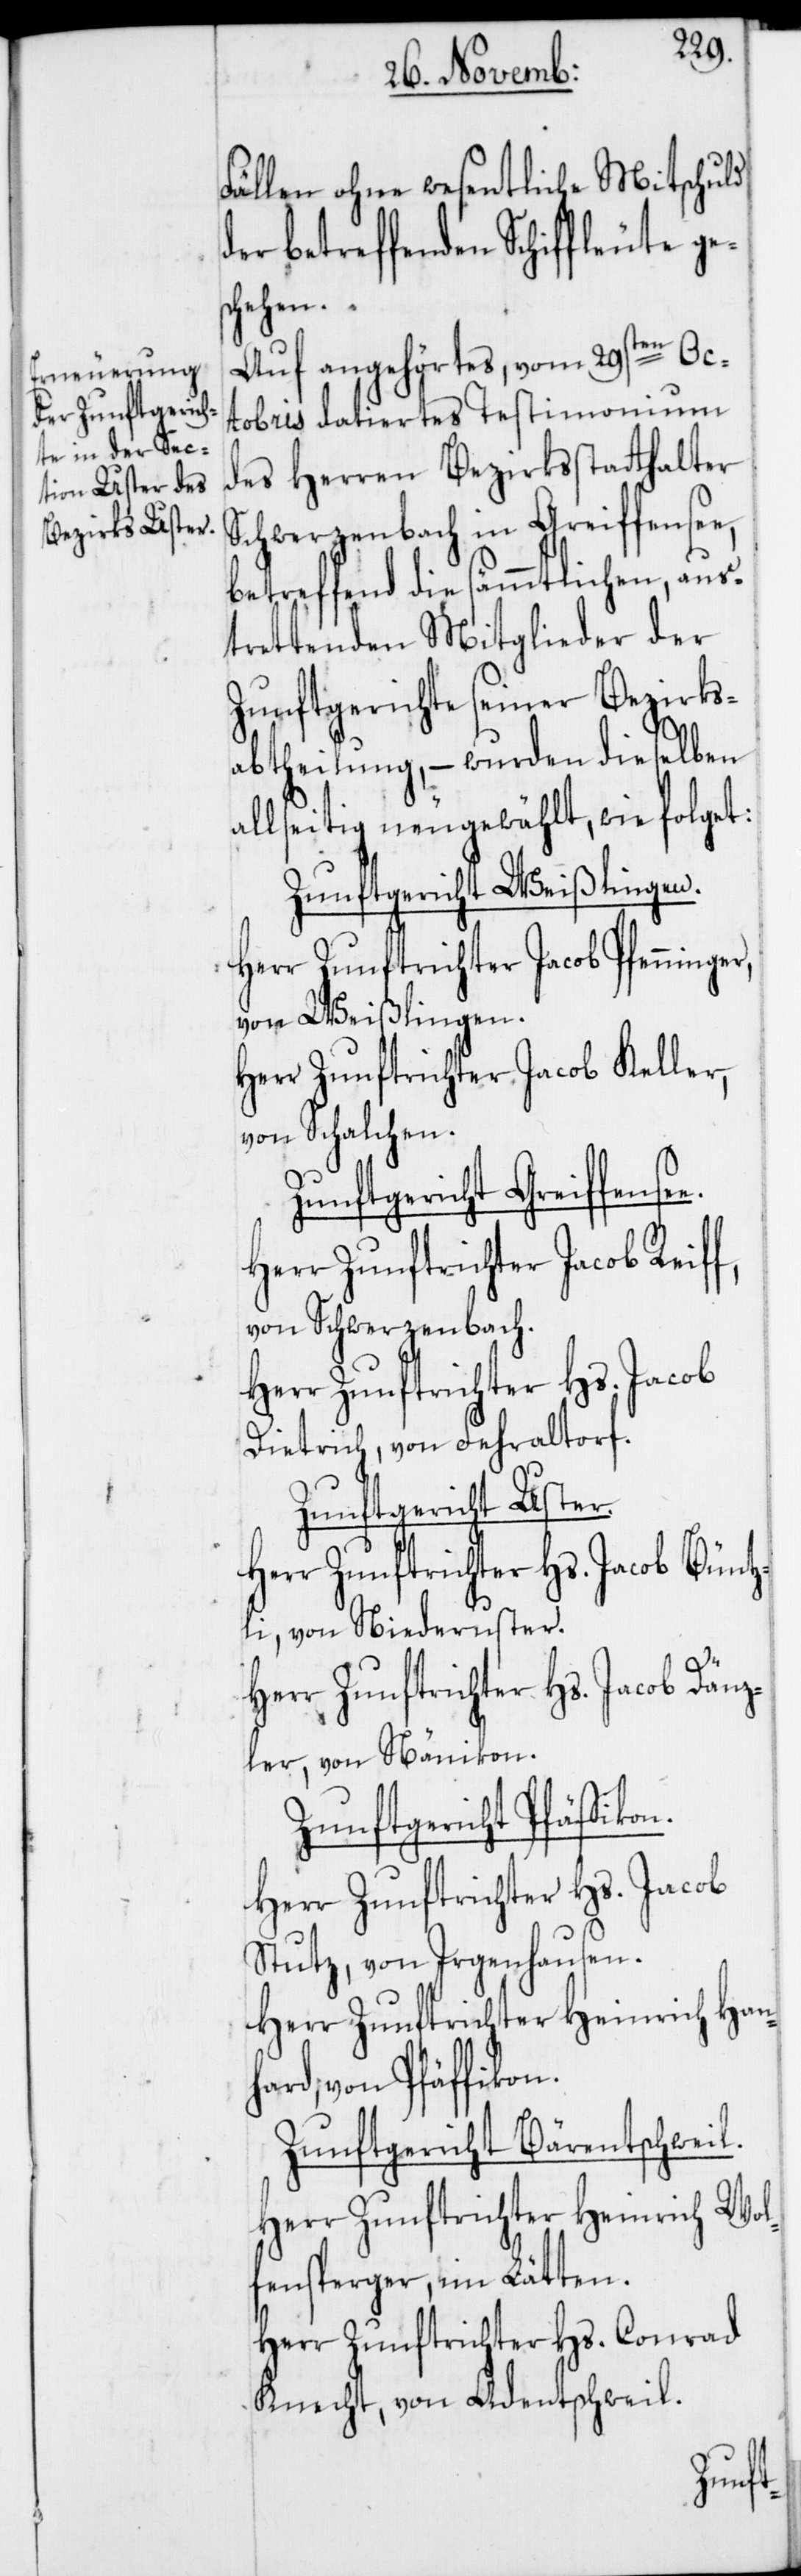
Fällen ohne wesentliche Mitschuld
der betreffenden Schiffleute ge¬
e.
Auf angehörtes, vom 29sten Oc¬
tobris datiertes Testimonium
des Herren Bezirksstatthalter
Schwerzenbach in Greiffensee,
betreffend die sämmtlichen, aus¬
trettenden Mitglieder der
Zunftgerichte seiner Bezirks¬
abtheilung, – wurden dieselben
allseitig neugewählt, wie folget:
Zunftgericht Weißlingen.
Herr Zunftrichter Jacob Reiff,
von Weißlingen.
Herr Zunftrichter Jacob Keller,
von Schalchen.
Zunftgericht Greiffense¬
von Schwerzenbach.
Dietrich, von Fehraltorf.
Zunftgericht Uster.
Herr Zunftrichter Hs. Jacob Büntz¬
li, von Niederuster.
Herr Zunftrichter Hs. Jacob Dänz¬
ler, von Nänikon.
Zunftgericht Pfäffikon.
Herr Zunftrichter Hs. Jacob
Stutz, von Irgenhausen.
Herr Zunftrichter Heinrich Hanh¬
ard, von Pfäffikon.
Zunftgericht Bärentschweil.
Herr Zunftrichter Heinrich Wol¬
fensperger, im Lätten.
Herr Zunftrichter Hs. Conrad
Knecht, von Adentschweil.